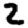
Digit: 2